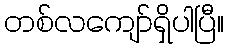
တစ်လကျော်ရှိပါပြီ။